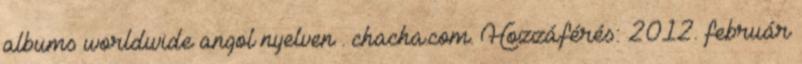
albums worldwide angol nyelven . chacha.com. Hozzáférés: 2012. február